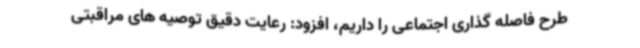
طرح فاصله گذاری اجتماعی را داریم، افزود: رعایت دقیق توصیه های مراقبتی